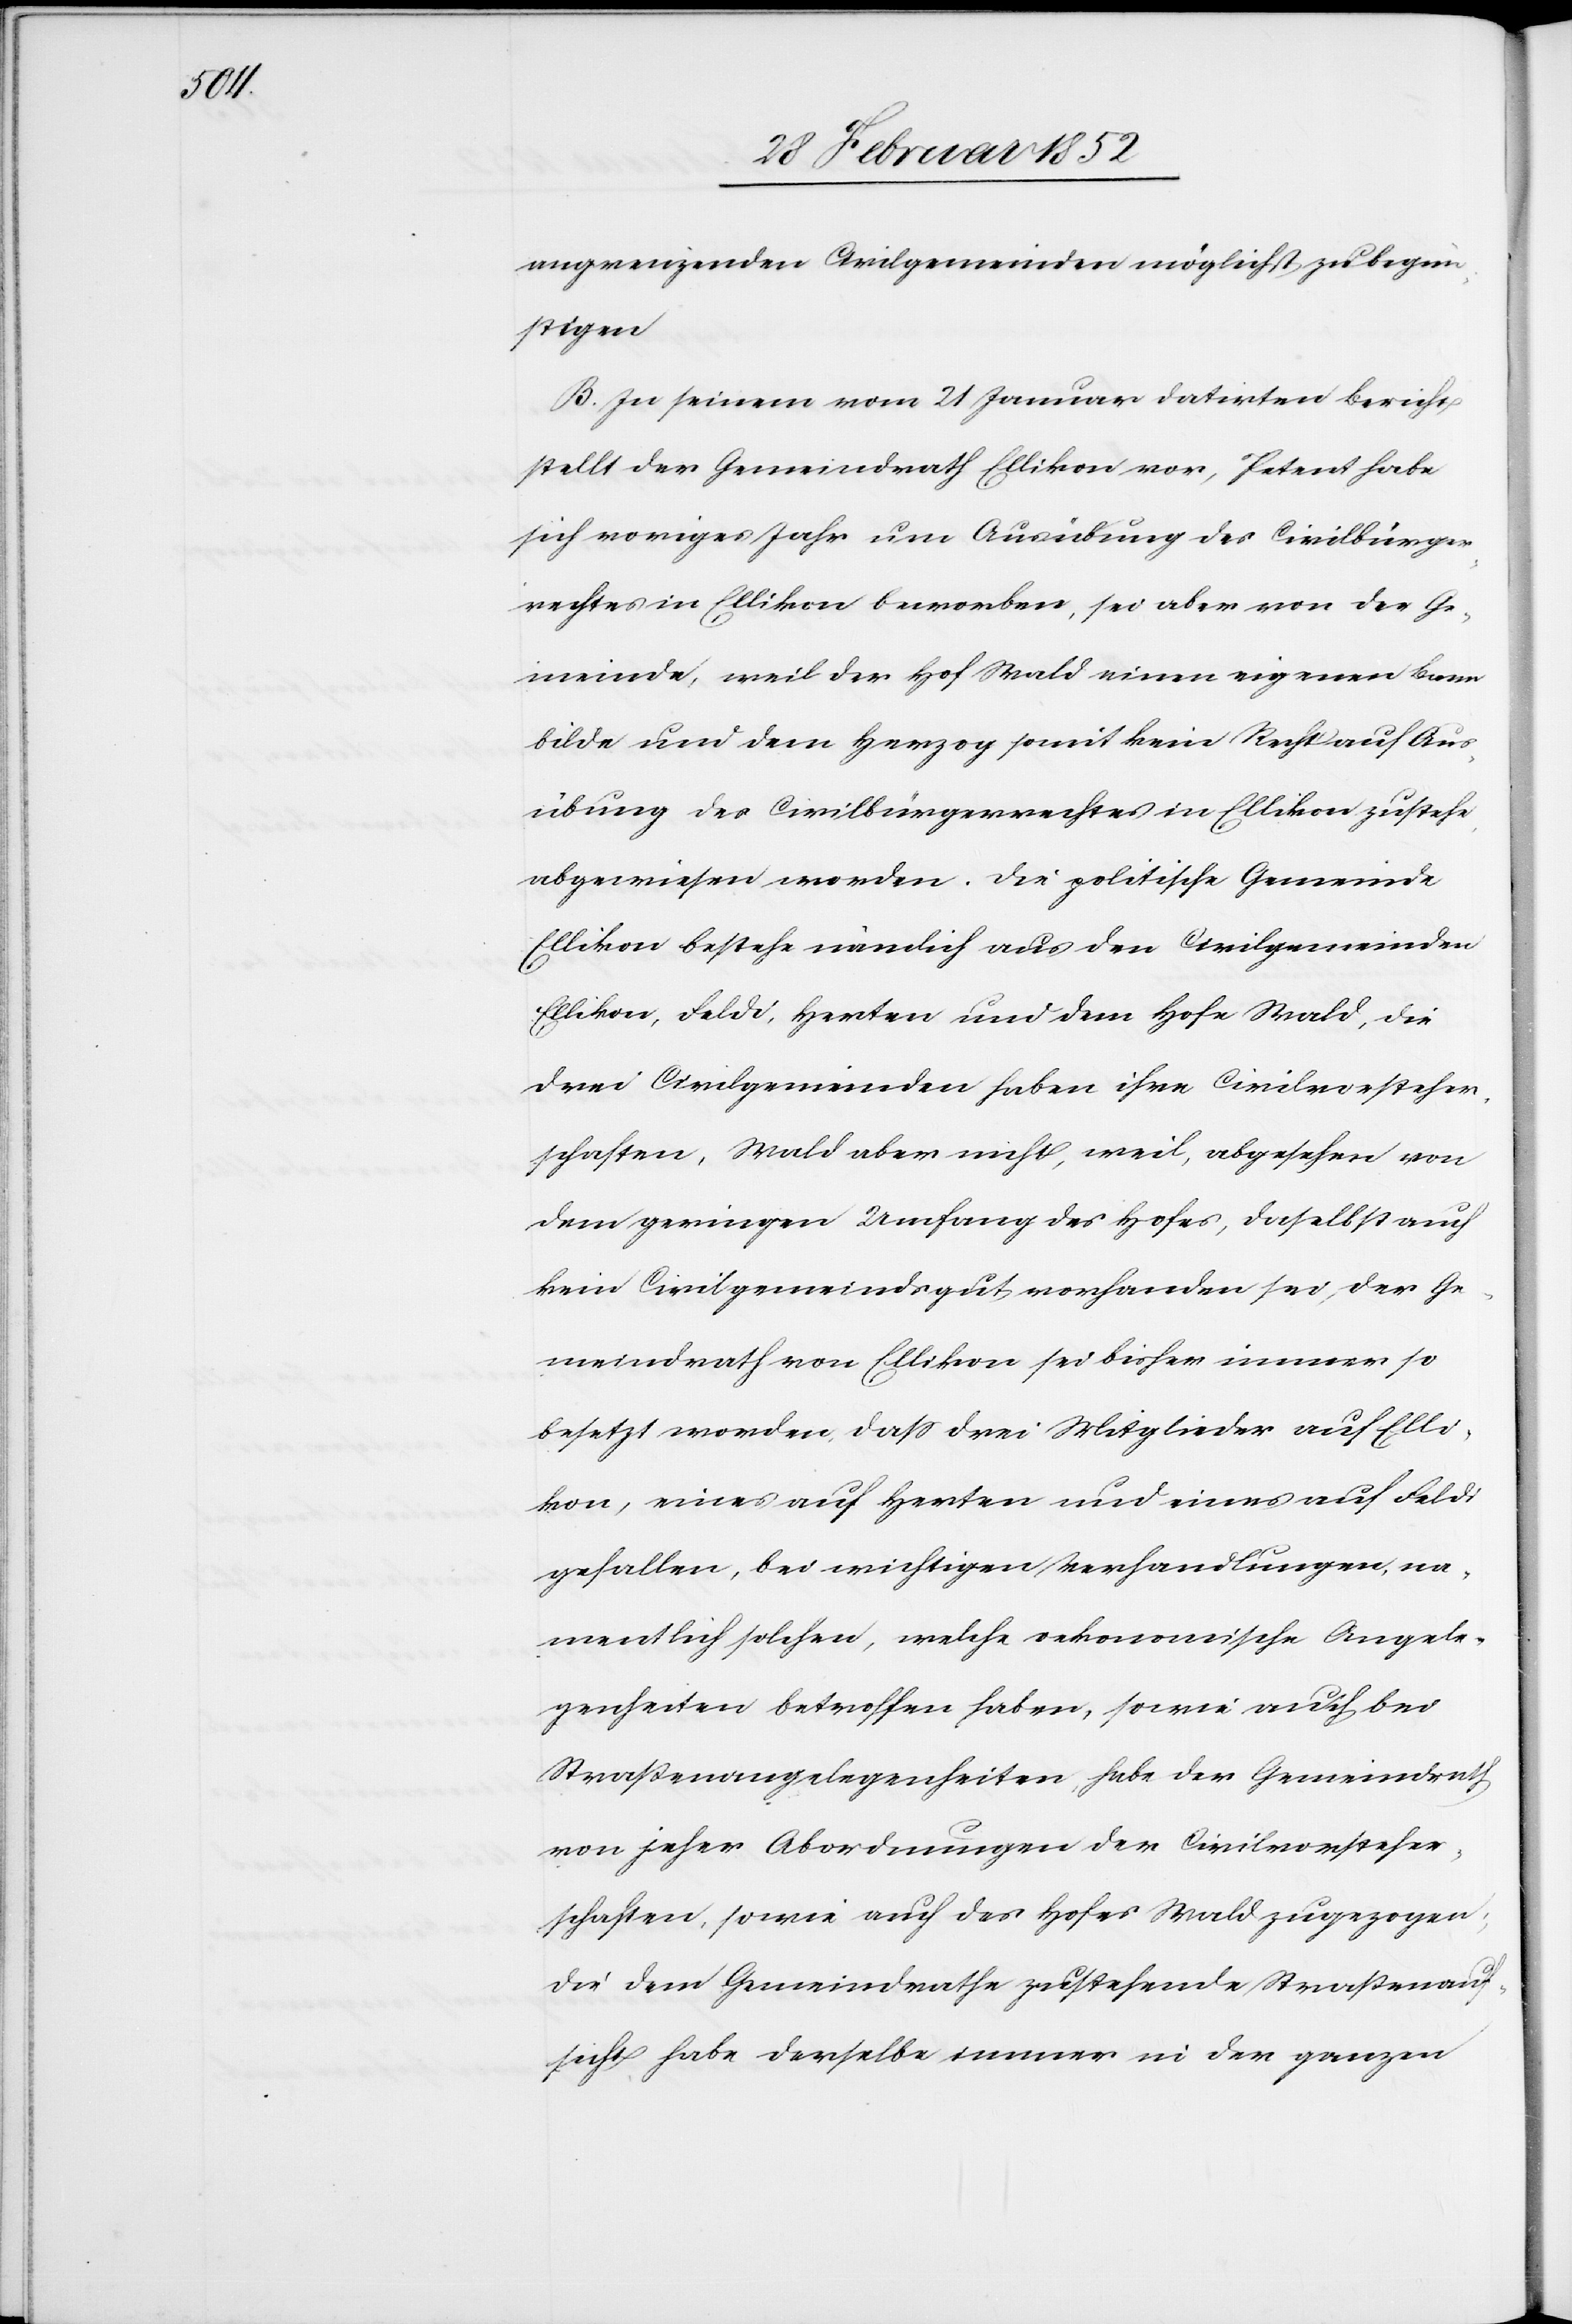
angrenzenden Civilgemeinden möglichst zu begün¬
stigen.
B. In seinem vom 21 Januar datirten Bericht
stellt der Gemeindrath Elllikon vor, Petent habe
sich voriges Jahr um Ausübung des Civilbürger¬
rechtes in Ellikon beworben, sei aber von der Ge¬
meinde, weil der Hof Wald einen eigenen Bann
bilde und dem Herzog somit kein Recht auf Aus¬
übung des Civilbürgerrechtes in Ellikon zustehe,
abgewiesen worden. Die politische Gemeinde
Ellikon bestehe nämlich aus den Civilgemeinden
Ellikon, Feldi, Herten und dem Hofe Wald, die
drei Civilgemeinden haben ihre Civilvorsteher¬
schaften, Wald aber nicht, weil, abgesehen von
dem geringen Umfang des Hofes, daselbst auch
kein Civilgemeindsgut vorhanden sei, der Ge¬
meindrath von Ellikon sei bisher immer so
besetzt worden, daß drei Mitglieder auf Elli¬
kon, eines auf Herten und eines auf Feldi
gefallen, bei wichtigen Verhandlungen, na¬
mentlich solchen, welche oekonomische Angele¬
genheiten betroffen haben, sowie auch bei
Straßenangelegenheiten, habe der Gemeindrath
von jeher Abordnungen der Civilvorsteher¬
schaften, sowie auch des Hofes Wald zugezogen,
die dem Gemeindrathe zustehende Straßenauf¬
sicht habe derselbe immer in der ganzen